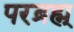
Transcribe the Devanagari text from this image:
परब्रह्म्